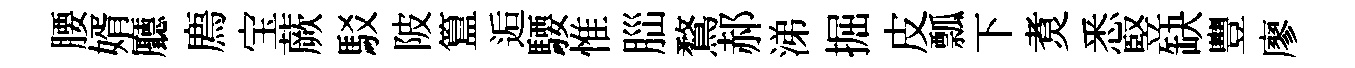
腰婿廳廌宝蕨駁陂簋逅騕惟𦛁鶩郝涕掘皮瓢下煑悉竪缺豐廖